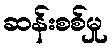
ဆန်းစစ်မှု